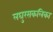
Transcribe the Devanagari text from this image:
लघुरसकलिका